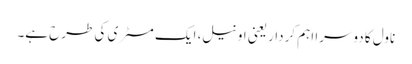
ناول کا دوسرا اہم کردار یعنی اونیل، ایک مسٹری کی طرح ہے۔